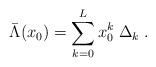
LaTeX: \begin{align*}\bar{\Lambda}(x_0) = \sum_{k=0}^L x_0^k \; \Delta_k \; .\end{align*}